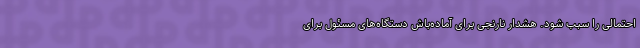
احتمالی را سبب شود. هشدار نارنجی برای آماده‌باش دستگاه‌های مسئول برای